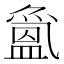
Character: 𱲖